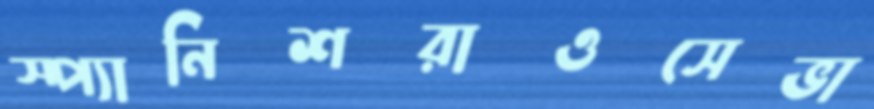
স্প্যানিশরাওসেভা